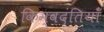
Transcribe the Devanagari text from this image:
किम्वदंतियाँ